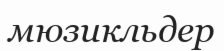
мюзикльдер